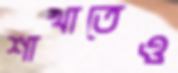
শাখাতেও